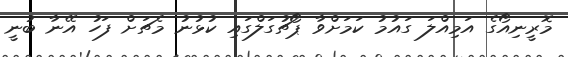
މޮރީނިއޯގެ އަމިއްލަ ގައުމު ކަމަށްވާ ޕޯޗުގަލްގައި ކުޅުނު މެޗަށް ފަހު އޭނާ ބުނީ